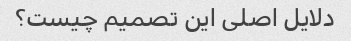
دلایل اصلی این تصمیم چیست؟